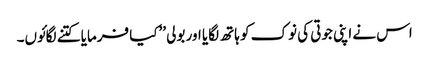
اس نے اپنی جوتی کی نوک کو ہاتھ لگایا اور بولی ’’کیا فرمایا کتنے لگائوں۔